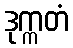
ဒုက္ကတံ